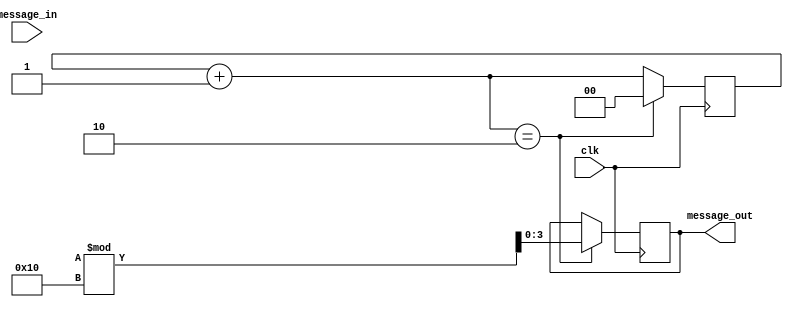
//Mishal Shah
//16CO125
//Basic interconection network
//16 Oct 2017

module A(output reg[3:0] message_out,input [3:0] message_in,input clk);
    reg[1:0] cycles = 0;                       //Cycle is set 
    parameter period = 2;                     //period is defined as constant parameter
    always@(posedge clk) begin
        cycles = cycles + 1;
        if(message_in!==4'bzzzz) begin
            $display("Time:%-16d\nA recieved %b\n",$time,message_in);       //msg recieved is displayed
        end
        if(cycles == period) begin
            cycles = 0;                             //cycle set for next msg
            message_out <= {$random}%16;            //random msg generated
        end
    end
endmodule

module B(output reg[3:0] message_out,input[3:0] message_in,input clk);
    reg[1:0] cycles;
    parameter period = 2;
    initial begin
        cycles = 1;                    //cycle set
    end
    always@(posedge clk) begin
        cycles = cycles + 1;
        if(message_in!==4'bzzzz ) begin
            $display("Time:%-16d\nB recieved %b\n",$time,message_in);  //display recieved msg
        end
        if(cycles == period) begin
            cycles = 0;                                               //cycle set
            message_out <= {$random}%16;                              //random msg generated
        end
    end
endmodule